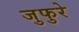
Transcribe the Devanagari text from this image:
जुफुरे